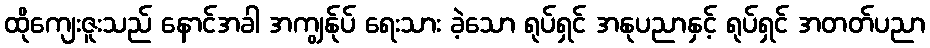
ထိုကျေးဇူးသည် နောင်အခါ အကျွန်ုပ် ရေးသား ခဲ့သော ရုပ်ရှင် အနုပညာနှင့် ရုပ်ရှင် အတတ်ပညာ